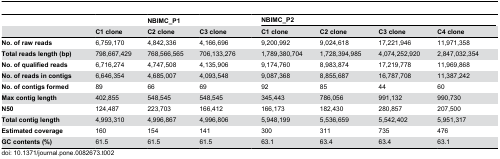
|  |  | NBIMC_P1 |  |  | <COLSPAN=4> NBIMC_P2 |  |
 |  | C1 clone | C2 clone | C3 clone |  | C1 clone | C2 clone | C3 clone | C4 clone |  |
 | --- | --- | --- | --- | --- | --- | --- | --- | --- | --- |
 | No. of raw reads | 6,759,170 | 4,842,336 | 4,166,696 |  | 9,200,992 | 9,024,618 | 17,221,946 | 11,971,358 |  |
 | Total reads length (bp) | 798,667,429 | 768,566,565 | 706,133,276 |  | 1,789,380,704 | 1,728,394,985 | 4,074,252,920 | 2,847,032,354 |  |
 | No. of qualified reads | 6,716,274 | 4,747,508 | 4,135,906 |  | 9,174,760 | 8,983,874 | 17,219,778 | 11,969,868 |  |
 | No. of reads in contigs | 6,646,354 | 4,685,007 | 4,093,548 |  | 9,087,368 | 8,855,687 | 16,787,708 | 11,387,242 |  |
 | No. of contigs formed | 89 | 66 | 69 |  | 92 | 85 | 44 | 60 |  |
 | Max contig length | 402,855 | 548,545 | 548,545 |  | 345,443 | 786,056 | 991,132 | 990,730 |  |
 | N50 | 124,487 | 223,703 | 166,412 |  | 166,173 | 182,430 | 280,857 | 207,500 |  |
 | Total contig length | 4,993,310 | 4,996,867 | 4,996,806 |  | 5,948,199 | 5,536,659 | 5,542,402 | 5,951,317 |  |
 | Estimated coverage | 160 | 154 | 141 |  | 300 | 311 | 735 | 476 |  |
 | GC contents (%) | 61.5 | 61.5 | 61.5 |  | 63.1 | 63.4 | 63.4 | 63.1 |  |